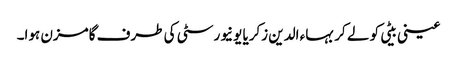
عینی بیٹی کو لے کر بہاء الدین زکریا یونیورسٹی کی طرف گامزن ہوا۔